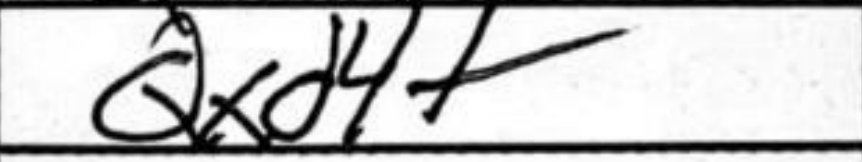
Transcription: Qxd4+